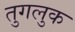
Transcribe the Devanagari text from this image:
तुगलुक